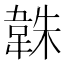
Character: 𮧱